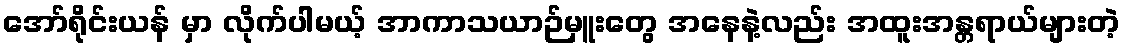
အော်ရိုင်းယန် မှာ လိုက်ပါမယ့် အာကာသယာဉ်မှူးတွေ အနေနဲ့လည်း အထူးအန္တရာယ်များတဲ့